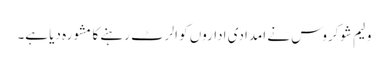
ولیم شوکروس نے امدادی اداروں کو الرٹ رہنے کا مشورہ دیا ہے۔